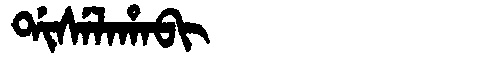
Manchu: ᡩᡳᠰᡝᠯᠠᡥᠠᠪᡳ
Romanization: DISELAHABI